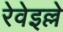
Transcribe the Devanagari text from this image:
रेवेइल्ले